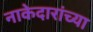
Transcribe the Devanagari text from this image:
नाकेदारांच्या